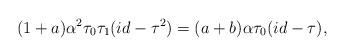
LaTeX: \begin{align*}(1+a) \alpha^2 \tau_0 \tau_1 (id - \tau^2) = (a+b) \alpha \tau_0 (id - \tau),\end{align*}